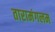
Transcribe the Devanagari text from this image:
तारामंगलम